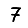
Digit: 7